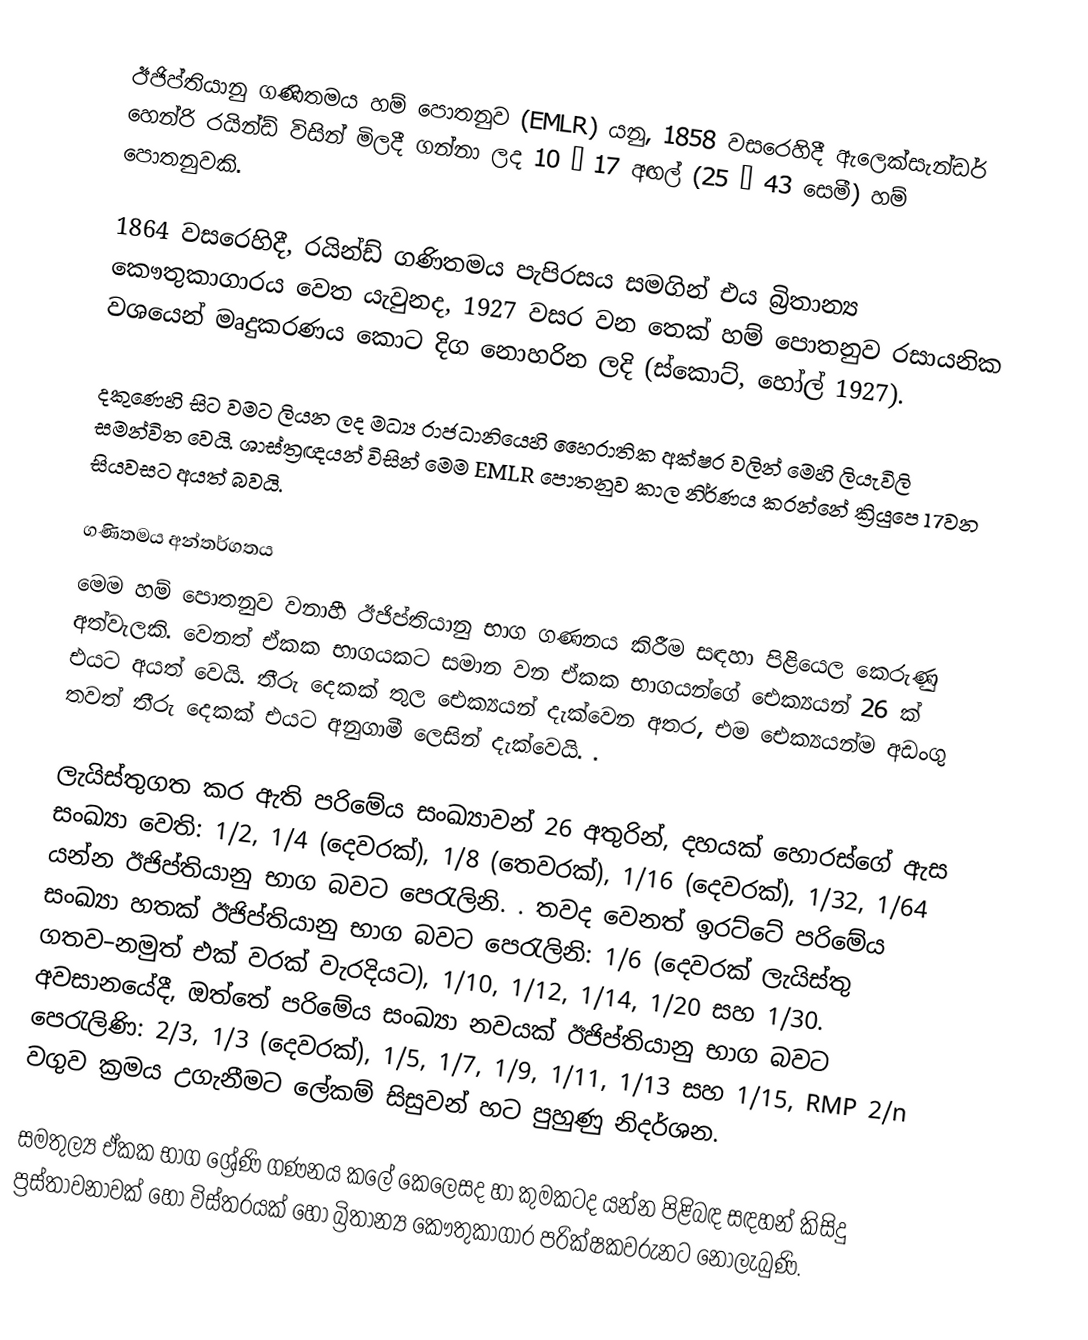
ඊජිප්තියානු ගණිතමය හම් පොතනුව (EMLR) යනු, 1858 වසරෙහිදී ඇලෙක්සැන්ඩර් හෙන්රි රයින්ඩ් විසින් මිලදී ගන්නා ලද 10 × 17 අඟල් (25 × 43 සෙමී) හම් පොතනුවකි.

1864 වසරෙහිදී, රයින්ඩ් ගණිතමය පැපිරසය සමගින් එය බ්‍රිතාන්‍ය කෞතුකාගාරය වෙත යැවුනද, 1927 වසර වන තෙක් හම් පොතනුව රසායනික වශයෙන් මෘදුකරණය කොට දිග නොහරින ලදි (ස්කොට්, හෝල් 1927).

දකුණෙහි සිට වමට ලියන ලද මධ්‍ය රාජධානියෙහි හෛරාතික අක්ෂර වලින් මෙහි ලියැවිලි  සමන්විත වෙයි. ශාස්ත්‍රඥයන් විසින් මෙම  EMLR පොතනුව කාල නිර්ණය කරන්නේ ක්‍රියුපෙ 17වන සියවසට අයත් බවයි.

ගණිතමය අන්තර්ගතය
මෙම හම් පොතනුව වනාහී  ඊජිප්තියානු භාග  ගණනය කිරීම සඳහා පිළියෙල කෙරුණු අත්වැලකි. වෙනත් ඒකක භාගයකට සමාන වන ඒකක භාගයන්ගේ ඓක්‍යයන්  26 ක් එයට අයත් වෙයි. තීරු දෙකක් තුල ඓක්‍යයන් දැක්වෙන අතර, එම ඓක්‍යයන්ම අඩංගු තවත් තීරු දෙකක් එයට අනුගාමී ලෙසින් දැක්වෙයි. .

ලැයිස්තුගත කර ඇති පරිමේය සංඛ්‍යාවන් 26 අතුරින්, දහයක් හොරස්ගේ ඇස සංඛ්‍යා වෙති: 1/2, 1/4 (දෙවරක්), 1/8 (තෙවරක්), 1/16 (දෙවරක්), 1/32, 1/64 යන්න ඊජිප්තියානු භාග බවට පෙරැලිනි. . තවද වෙනත් ඉරට්ටේ පරිමේය සංඛ්‍යා හතක් ඊජිප්තියානු භාග බවට පෙරැලිනි: 1/6 (දෙවරක් ලැයිස්තු ගතව–නමුත් එක් වරක් වැරදියට), 1/10, 1/12, 1/14, 1/20 සහ 1/30.  අවසානයේදී, ඔත්තේ පරිමේය සංඛ්‍යා නවයක් ඊජිප්තියානු භාග බවට පෙරැලිණි: 2/3, 1/3 (දෙවරක්), 1/5, 1/7, 1/9, 1/11, 1/13 සහ 1/15, RMP 2/n වගුව ක්‍රමය උගැනීමට ලේකම් සිසුවන් හට පුහුණු නිදර්ශන.

සමතුල්‍ය ඒකක භාග ශ්‍රේණි ගණනය කලේ කෙලෙසද හා කුමකටද යන්න පිළිබඳ සඳහන් කිසිදු  ප්‍රස්තාවනාවක් හෝ විස්තරයක් හෝ බ්‍රිතාන්‍ය කෞතුකාගාර පරික්ෂකවරුනට නොලැබුණි.